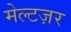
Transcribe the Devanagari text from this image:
मेल्टज़र